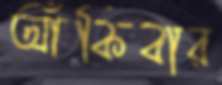
আঁকিবার